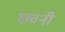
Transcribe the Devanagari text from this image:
छवनी